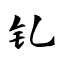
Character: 钆